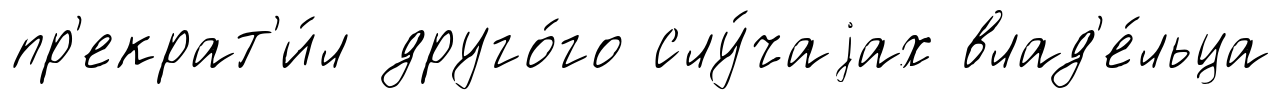
пр'екрат'и́л друго́го слу́чаjах влад'е́льца